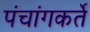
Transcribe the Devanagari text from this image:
पंचांगकर्ते